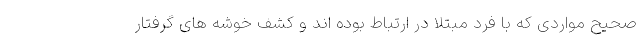
صحیح مواردی که با فرد مبتلا در ارتباط بوده اند و کشف خوشه های گرفتار